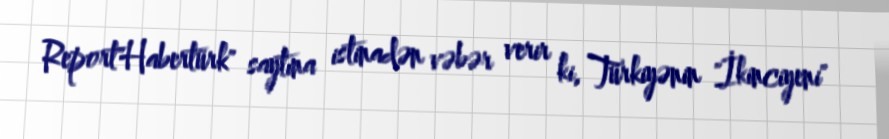
Report"Habertürk" saytına istinadən vəbər verir ki, Türkiyənin "İkinciyeni"